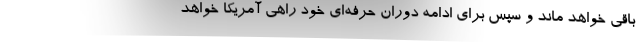
باقی خواهد ماند و سپس برای ادامه دوران حرفه‌ای خود راهی آمریکا خواهد